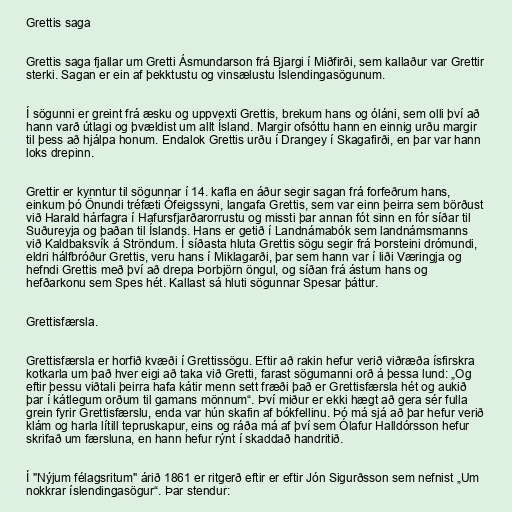
Grettis saga

Grettis saga fjallar um Gretti Ásmundarson frá Bjargi í Miðfirði, sem kallaður var Grettir
sterki. Sagan er ein af þekktustu og vinsælustu Íslendingasögunum.

Í sögunni er greint frá æsku og uppvexti Grettis, brekum hans og óláni, sem olli því að
hann varð útlagi og þvældist um allt Ísland. Margir ofsóttu hann en einnig urðu margir
til þess að hjálpa honum. Endalok Grettis urðu í Drangey í Skagafirði, en þar var hann
loks drepinn.

Grettir er kynntur til sögunnar í 14. kafla en áður segir sagan frá forfeðrum hans,
einkum þó Önundi tréfæti Ófeigssyni, langafa Grettis, sem var einn þeirra sem börðust
við Harald hárfagra í Hafursfjarðarorrustu og missti þar annan fót sinn en fór síðar til
Suðureyja og þaðan til Íslands. Hans er getið í Landnámabók sem landnámsmanns
við Kaldbaksvík á Ströndum. Í síðasta hluta Grettis sögu segir frá Þorsteini drómundi,
eldri hálfbróður Grettis, veru hans í Miklagarði, þar sem hann var í liði Væringja og
hefndi Grettis með því að drepa Þorbjörn öngul, og síðan frá ástum hans og
hefðarkonu sem Spes hét. Kallast sá hluti sögunnar Spesar þáttur.

Grettisfærsla.

Grettisfærsla er horfið kvæði í Grettissögu. Eftir að rakin hefur verið viðræða ísfirskra
kotkarla um það hver eigi að taka við Gretti, farast sögumanni orð á þessa lund: „Og
eftir þessu viðtali þeirra hafa kátir menn sett fræði það er Grettisfærsla hét og aukið
þar í kátlegum orðum til gamans mönnum“. Því miður er ekki hægt að gera sér fulla
grein fyrir Grettisfærslu, enda var hún skafin af bókfellinu. Þó má sjá að þar hefur verið
klám og harla lítill tepruskapur, eins og ráða má af því sem Ólafur Halldórsson hefur
skrifað um færsluna, en hann hefur rýnt í skaddað handritið.

Í "Nýjum félagsritum" árið 1861 er ritgerð eftir er eftir Jón Sigurðsson sem nefnist „Um
nokkrar íslendingasögur“. Þar stendur: